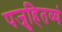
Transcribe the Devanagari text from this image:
पजुहितव्यं